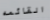
القائمه